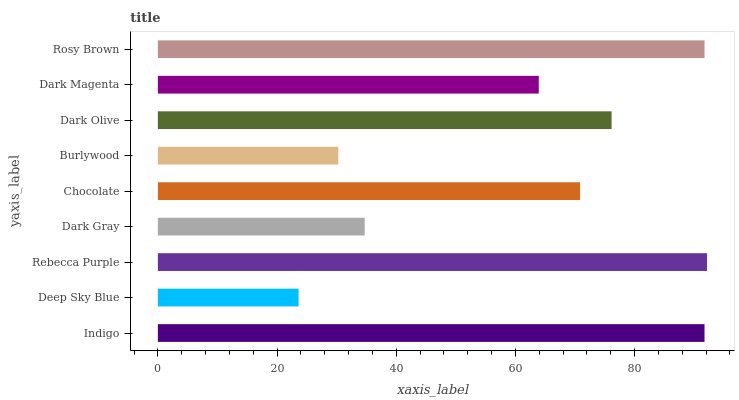
| yaxis_label | bars |
 | --- | --- |
 | Indigo | 91.7 |
 | Deep Sky Blue | 23.6 |
 | Rebecca Purple | 92.2 |
 | Dark Gray | 34.7 |
 | Chocolate | 70.9 |
 | Burlywood | 30.3 |
 | Dark Olive | 76.1 |
 | Dark Magenta | 63.9 |
 | Rosy Brown | 91.7 |